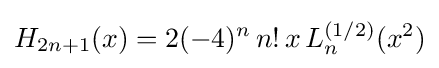
H_{2n+1}(x)=2(-4)^{n}\,n!\,x\,L_{n}^{(1/2)}(x^{2})